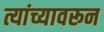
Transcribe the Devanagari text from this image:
त्यांच्यावरून